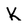
Character: K